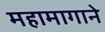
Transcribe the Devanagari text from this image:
महामागाने